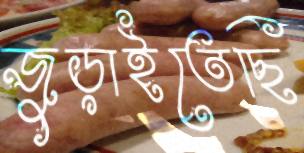
জুড়াইতেছি